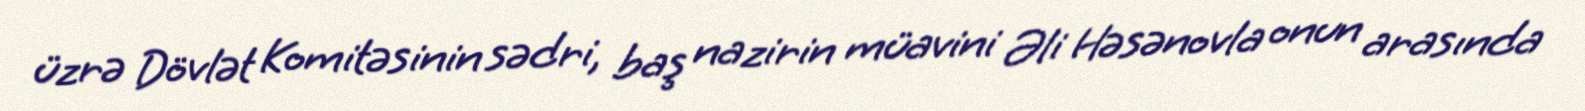
üzrə Dövlət Komitəsinin sədri, baş nazirin müavini Əli Həsənovla onun arasında